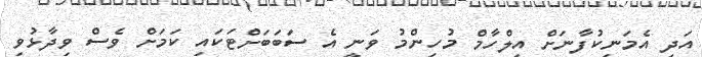
އަދި އެމަނިކުފާނަށް އިލްހާމް މުހިންމު ވަނީ އެ ސަބަބަށްޓަކައި ކަމަށް ވެސް ވިދާޅުވި